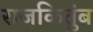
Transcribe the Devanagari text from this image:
राजकितुंब